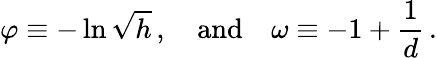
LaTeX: \varphi\equiv-\ln\sqrt{h}\, ,\quad\mathrm{and}\quad\omega\equiv-1+\frac{1}{d}\, .